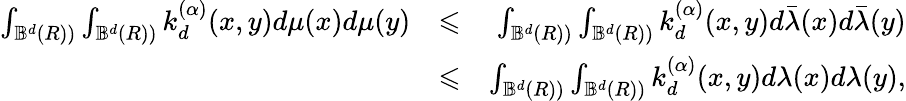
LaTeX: \begin{array}{rlr}{\int_{{\mathbb B}^{d}(R))}\int_{{\mathbb B}^{d}(R))}k_{d}^{(\alpha)}(x,y)d\mu(x)d\mu(y)}&{\leqslant}&{\int_{{\mathbb B}^{d}(R))}\int_{{\mathbb B}^{d}(R))}k_{d}^{(\alpha)}(x,y)d\bar{\lambda}(x)d\bar{\lambda}(y)}\\ &{\leqslant}&{\int_{{\mathbb B}^{d}(R))}\int_{{\mathbb B}^{d}(R))}k_{d}^{(\alpha)}(x,y)d\lambda(x)d\lambda(y),}\end{array}